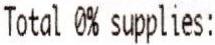
TOTAL 0% SUPPLIES: